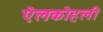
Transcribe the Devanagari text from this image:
ऐलकोहली